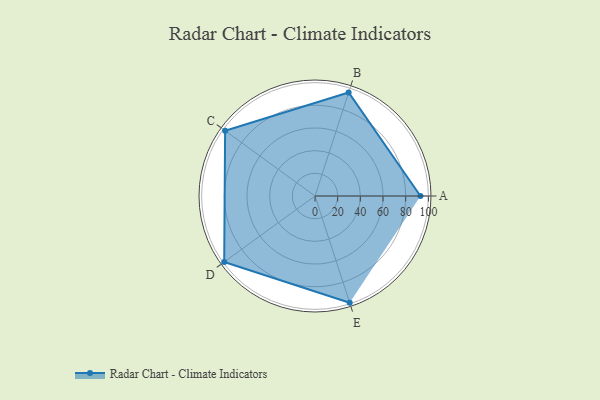
{"axis": {"x": "Skill", "y": "Score"}, "legend": ["Profile"], "data": [{"x": "A", "y": 93.0, "type": "Profile"}, {"x": "B", "y": 96.0, "type": "Profile"}, {"x": "C", "y": 98.0, "type": "Profile"}, {"x": "D", "y": 99, "type": "Profile"}, {"x": "E", "y": 99, "type": "Profile"}]}